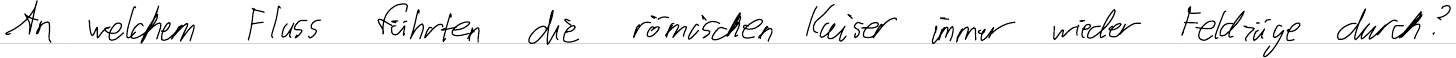
An welchem Fluss führten die römischen Kaiser immer wieder Feldzüge durch?